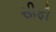
સીફી